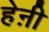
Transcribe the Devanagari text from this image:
हेऩी